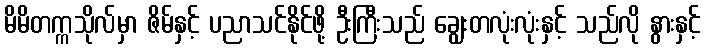
မိမိတက္ကသိုလ်မှာ ဇိမ်နှင့် ပညာသင်နိုင်ဖို့ ဦးကြီးသည် ချွေးတလုံးလုံးနှင့် သည်လို နွားနှင့်